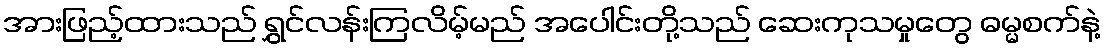
အားဖြည့်ထားသည် ရွှင်လန်းကြလိမ့်မည် အပေါင်းတို့သည် ဆေးကုသမှုတွေ ဓမ္မစက်နဲ့